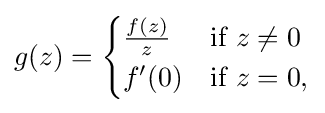
g(z)={\begin{cases}{\frac {f(z)}{z}}\,&{\mbox{if }}z\neq 0\\f'(0)&{\mbox{if }}z=0,\end{cases}}